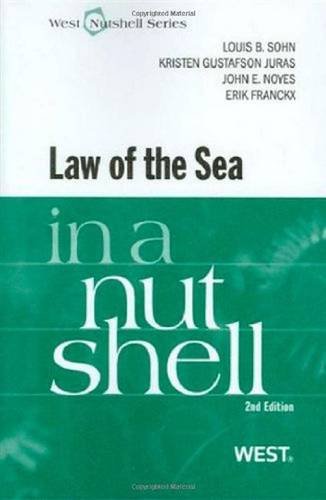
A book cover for The Law of the Sea in a Nutshell; Louis Sohn; Law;